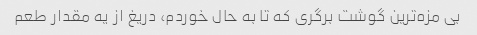
بی مزه‌ترین گوشت برگری که تا به حال خوردم، دریغ از یه مقدار طعم